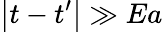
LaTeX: \left|t-t^{\prime}\right|\gg Ea